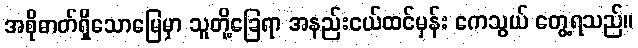
အစိုဓာတ်ရှိသောမြေမှာ သူတို့ခြေရာ အနည်းငယ်ထင်မှန်း ကေသွယ် တွေ့ရသည်။